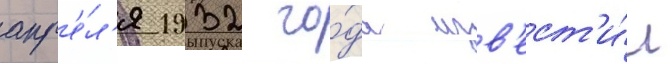
апр'е́л'я 1932 го́да изв'ест'и́л